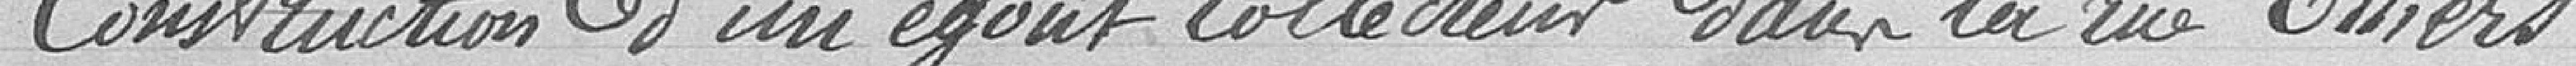
Construction d'un égout collecteur pour la rue Thiers